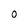
Character: O